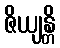
ဇိယျန္တိ